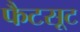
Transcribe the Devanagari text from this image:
फैटसूट